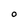
Character: 0